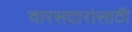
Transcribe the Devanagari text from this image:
वारसदारांसाठी